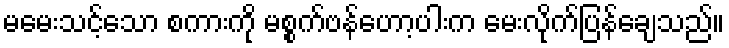
မမေးသင့်သော စကားကို မစ္စက်ဗန်ဟော့ပါးက မေးလိုက်ပြန်ချေသည်။